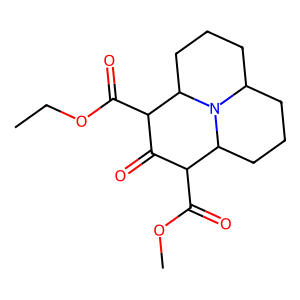
SMILES: CCOC(=O)C1C(=O)C(C(=O)OC)C2CCCC3CCCC1N32
Inhibits HIV replication: No